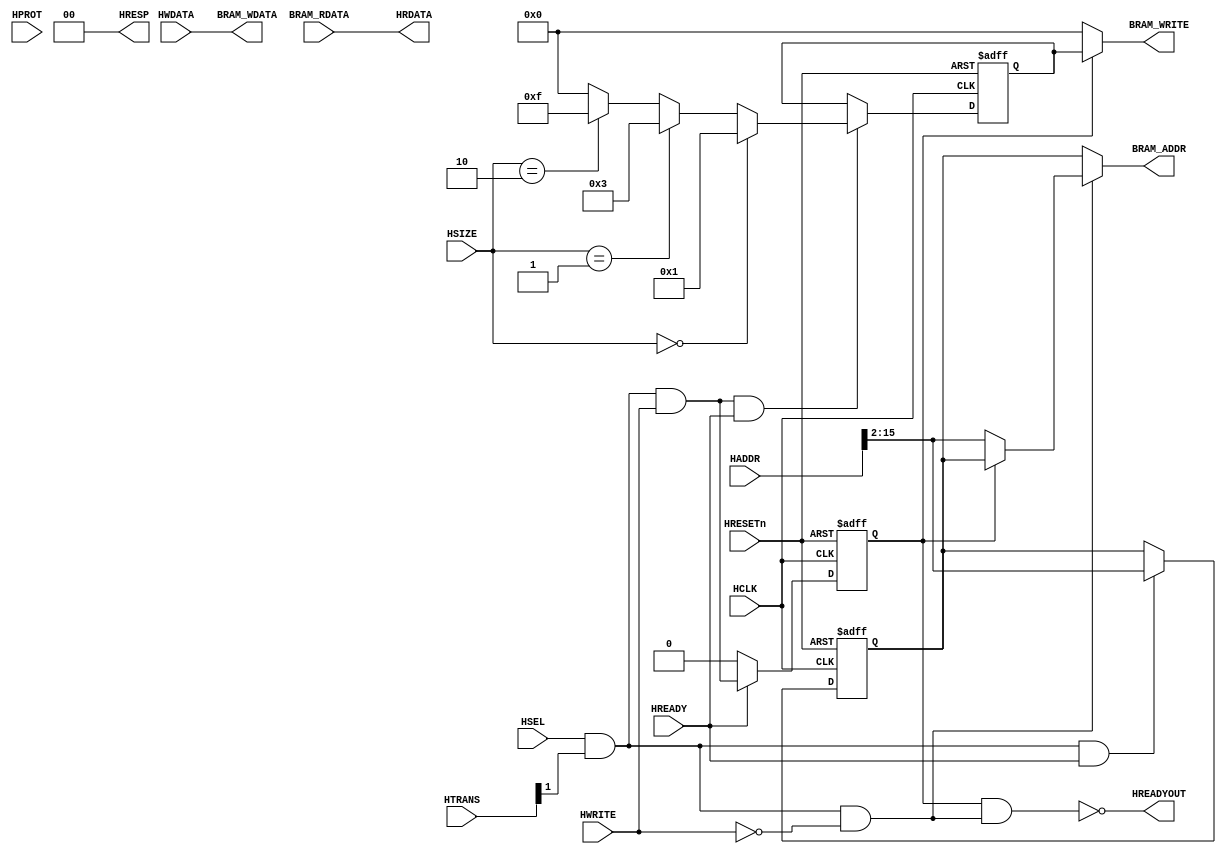
module AHBlite_Block_RAM #(
    parameter            ADDR_WIDTH = 14)(
    input  wire          HCLK,    
    input  wire          HRESETn, 
    input  wire          HSEL,    
    input  wire   [31:0] HADDR,   
    input  wire    [1:0] HTRANS,  
    input  wire    [2:0] HSIZE,   
    input  wire    [3:0] HPROT,   
    input  wire          HWRITE,  
    input  wire   [31:0] HWDATA,   
    input wire           HREADY, 
    output wire          HREADYOUT, 
    output wire   [31:0] HRDATA,  
    output wire    [1:0] HRESP,
    output wire   [ADDR_WIDTH-1:0]  BRAM_ADDR,
    input  wire   [31:0] BRAM_RDATA,
    output wire   [31:0] BRAM_WDATA,
    output wire    [3:0] BRAM_WRITE
);

assign HRESP = 2'b0;
assign HRDATA = BRAM_RDATA;

wire trans_en;
assign trans_en = HSEL & HTRANS[1];

wire write_en;
assign write_en = trans_en & HWRITE;

wire read_en;
assign read_en = trans_en & (~HWRITE);

wire [3:0] size_dec;
assign size_dec = (HSIZE == 3'b000) ? 4'h1 : (
                  (HSIZE == 3'b001) ? 4'h3 : (
                  (HSIZE == 3'b010) ? 4'hf : 4'h0));

reg [3:0] size_reg;
always@(posedge HCLK or negedge HRESETn) begin
  if(~HRESETn) size_reg <= 0;
  else if(write_en & HREADY) size_reg <= size_dec;
end


reg [13:0] addr_reg;
always@(posedge HCLK or negedge HRESETn) begin
  if(~HRESETn) addr_reg <= 0;
  else if(trans_en & HREADY) addr_reg <= HADDR[(ADDR_WIDTH+1):2];
end


reg wr_en_reg;

always@(posedge HCLK or negedge HRESETn) begin
  if(~HRESETn) wr_en_reg <= 1'b0;
  else if(HREADY) wr_en_reg <= write_en;
  else wr_en_reg <= 1'b0;
end

assign BRAM_ADDR = (~read_en) ? addr_reg :
                   (wr_en_reg ? addr_reg : HADDR[(ADDR_WIDTH+1):2]);

assign HREADYOUT = ~(wr_en_reg & read_en);
assign BRAM_WRITE = wr_en_reg ? size_reg : 4'h0;
assign BRAM_WDATA = HWDATA; 

endmodule